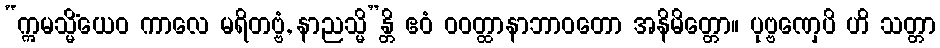
“ဣမသ္မိံယေဝ ကာလေ မရိတဗ္ဗံ, နာညသ္မိ”န္တိ ဧဝံ ဝဝတ္ထာနာဘာဝတော အနိမိတ္တော။ ပုဗ္ဗဏှေပိ ဟိ သတ္တာ